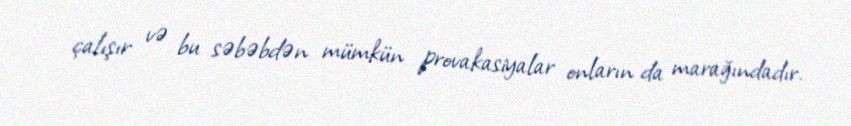
çalışır və bu səbəbdən mümkün provakasiyalar onların da marağındadır.